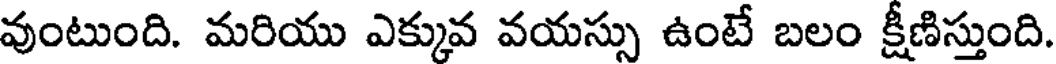
వుంటుంది. మరియు ఎక్కువ వయస్సు ఉంటే బలం క్షీణిస్తుంది.